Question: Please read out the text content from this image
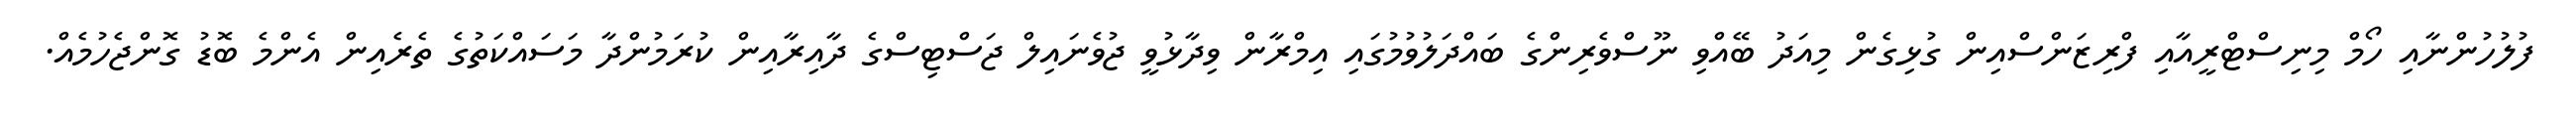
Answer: ފުލުހުންނާއި ހޯމް މިނިސްޓްރީއާއި ފްރިޒަންސްއިން ގުޅިގެން މިއަދު ބޭއްވި ނޫސްވެރިންގެ ބައްދަލުވުމުގައި އިމްރާން ވިދާޅުވީ ޖުވެނައިލް ޖަސްޓިސްގެ ދާއިރާއިން ކުރަމުންދާ މަސައްކަތުގެ ތެރެއިން އެންމެ ބޮޑު ގޮންޖެހުމެއް.